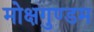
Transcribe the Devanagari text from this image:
मोक्षगुण्डम